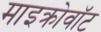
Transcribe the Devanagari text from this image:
माइक्रोवॉट